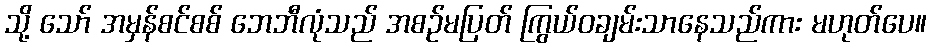
သို့ သော် အမှန်စင်စစ် ဘေဘီလုံသည် အစဉ်မပြတ် ကြွယ်ဝချမ်းသာနေသည်ကား မဟုတ်ပေ။